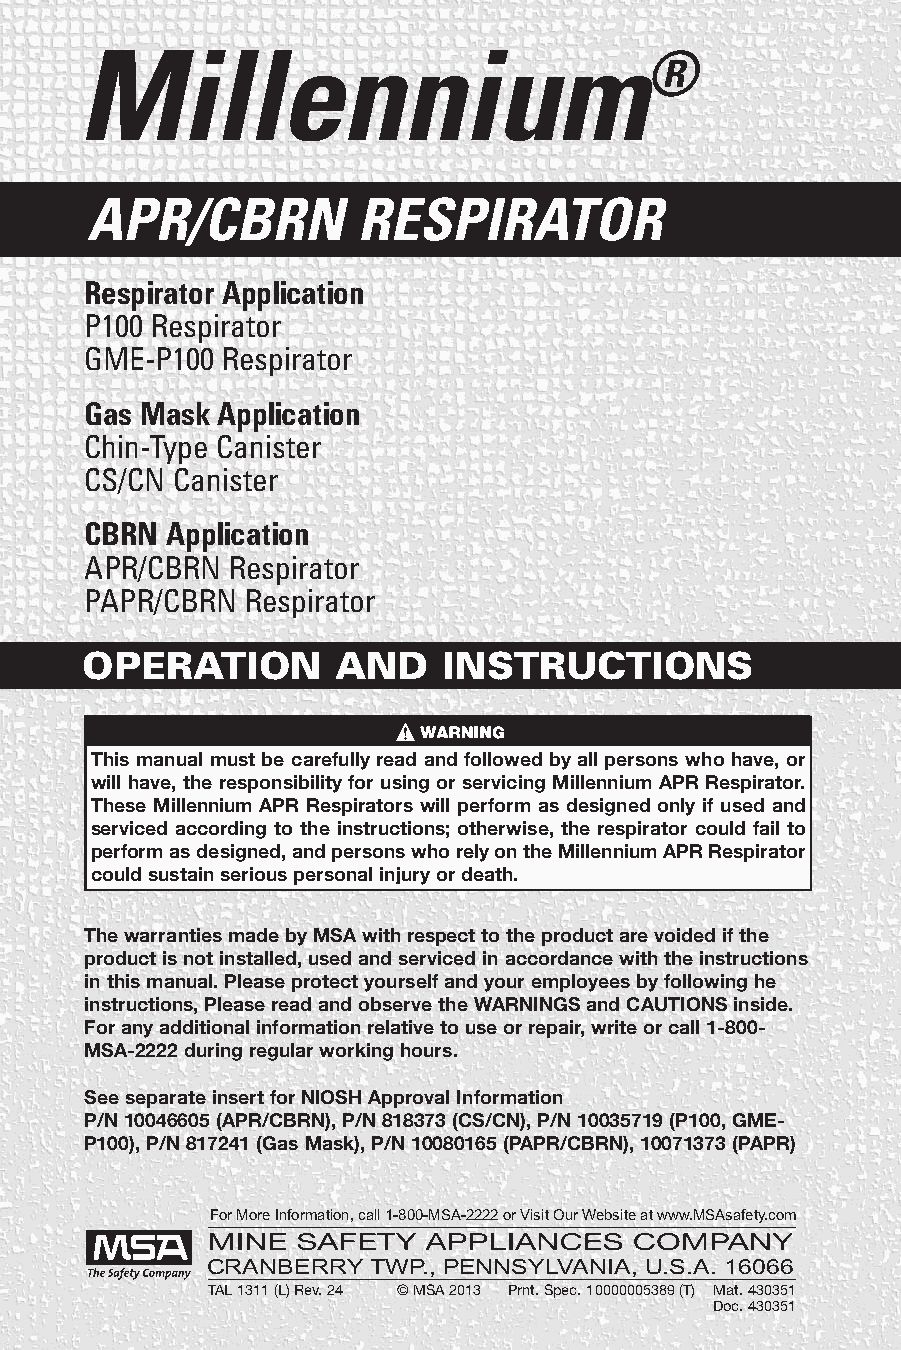
Millennium
 ®
 APR/CBRN          RESPIRATOR
 Respirator Application
 P100 Respirator
 GME-P100 Respirator
 Gas MaskApplication
 Chin-Type Canister
 CS/CN Canister
 CBRN Application
 APR/CBRN Respirator
 PAPR/CBRN Respirator
 OPERATION        AND    INSTRUCTIONS
 This manual must be carefully read and followed by all persons who have, or
 will have, the responsibility for using or servicing Millennium APR Respirator.
 These Millennium APR Respirators will perform as designed only if used and
 serviced according to the instructions; otherwise, the respirator could fail to
 performasdesigned,andpersonswhorelyontheMillenniumAPRRespirator
 couldsustainseriouspersonalinjuryordeath.
 ThewarrantiesmadebyMSAwithrespecttotheproductarevoidedifthe
 productisnotinstalled,usedandservicedinaccordancewiththeinstructions
 inthismanual.Pleaseprotectyourselfandyouremployeesbyfollowinghe
 instructions,PleasereadandobservetheWARNINGSandCAUTIONSinside.
 Foranyadditionalinformationrelativetouseorrepair,writeorcall1-800-
 MSA-2222duringregularworkinghours.
 SeeseparateinsertforNIOSHApprovalInformation
 P/N10046605(APR/CBRN),P/N818373(CS/CN),P/N10035719(P100,GME-
 P100),P/N817241(GasMask),P/N10080165(PAPR/CBRN),10071373(PAPR)
 ForMoreInformation,call1-800-MSA-2222orVisit Our Website at www.MSAsafety.com
 CRANBERRYTWP., PENNSYLVANIA, U.S.A. 16066
 TAL1311(L)Rev.24 ©MSA2013 Prnt.Spec.10000005389(T) Mat.430351
 Doc.430351